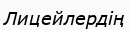
Лицейлердің